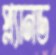
প্ল্যানড